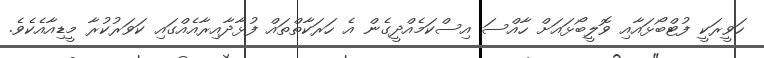
ހަވީރަކީ ފުޓްބޯޅައާއި ވޮލީބޯޅައަށް ހާއްސަ އިސްކަމެއްދީގެން އެ ހަރަކާތްތައް ފުޅާދާއިރާއެއްގައި ކަވަރުކުރާ މީޑިއާއެކެވެ.